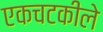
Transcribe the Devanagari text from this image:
एकचटकीले